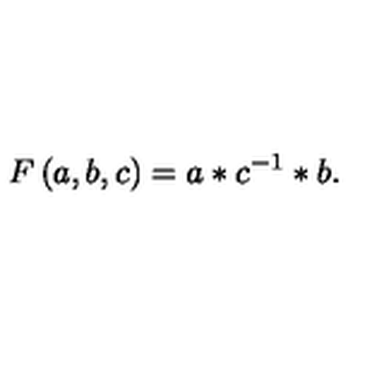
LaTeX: F \left( a , b , c \right) = a * c ^ { - 1 } * b .